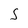
Character: 5